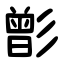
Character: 㣒